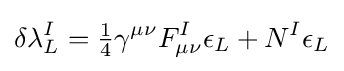
\delta \lambda _{L}^{I}={\tfrac {1}{4}}\gamma ^{\mu \nu }F_{\mu \nu }^{I}\epsilon _{L}+N^{I}\epsilon _{L}